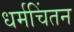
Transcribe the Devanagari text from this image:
धर्मचिंतन